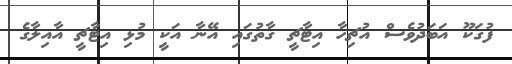
ފުގަކޫ އަބަދުވެސް އުޗިހާ އިޓާޗީ ގާތުގައި އޭނާ އަކީ މުޅި އިޓާޗީ އާއިލާގެ